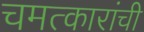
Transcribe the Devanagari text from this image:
चमत्कारांची